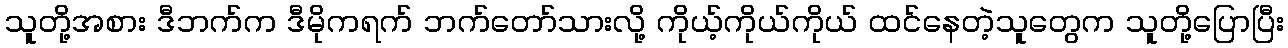
သူတို့အစား ဒီဘက်က ဒီမိုကရက် ဘက်တော်သားလို့ ကိုယ့်ကိုယ်ကိုယ် ထင်နေတဲ့သူတွေက သူတို့ပြောပြီး